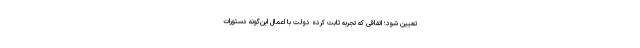
تعیین شود؛ اتفاقی که تجربه ثابت کرده دولت با اعمال این‌گونه دستورات